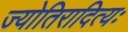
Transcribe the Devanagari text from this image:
ज्योतिरादित्यः